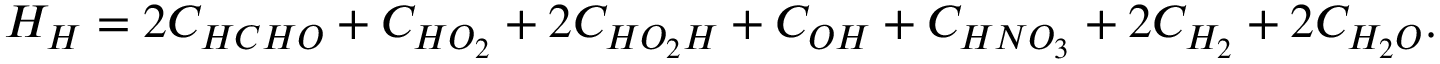
H _ { H } = 2 C _ { H C H O } + C _ { H O _ { 2 } } + 2 C _ { H O _ { 2 } H } + C _ { O H } + C _ { H N O _ { 3 } } + 2 C _ { H _ { 2 } } + 2 C _ { H _ { 2 } O } .